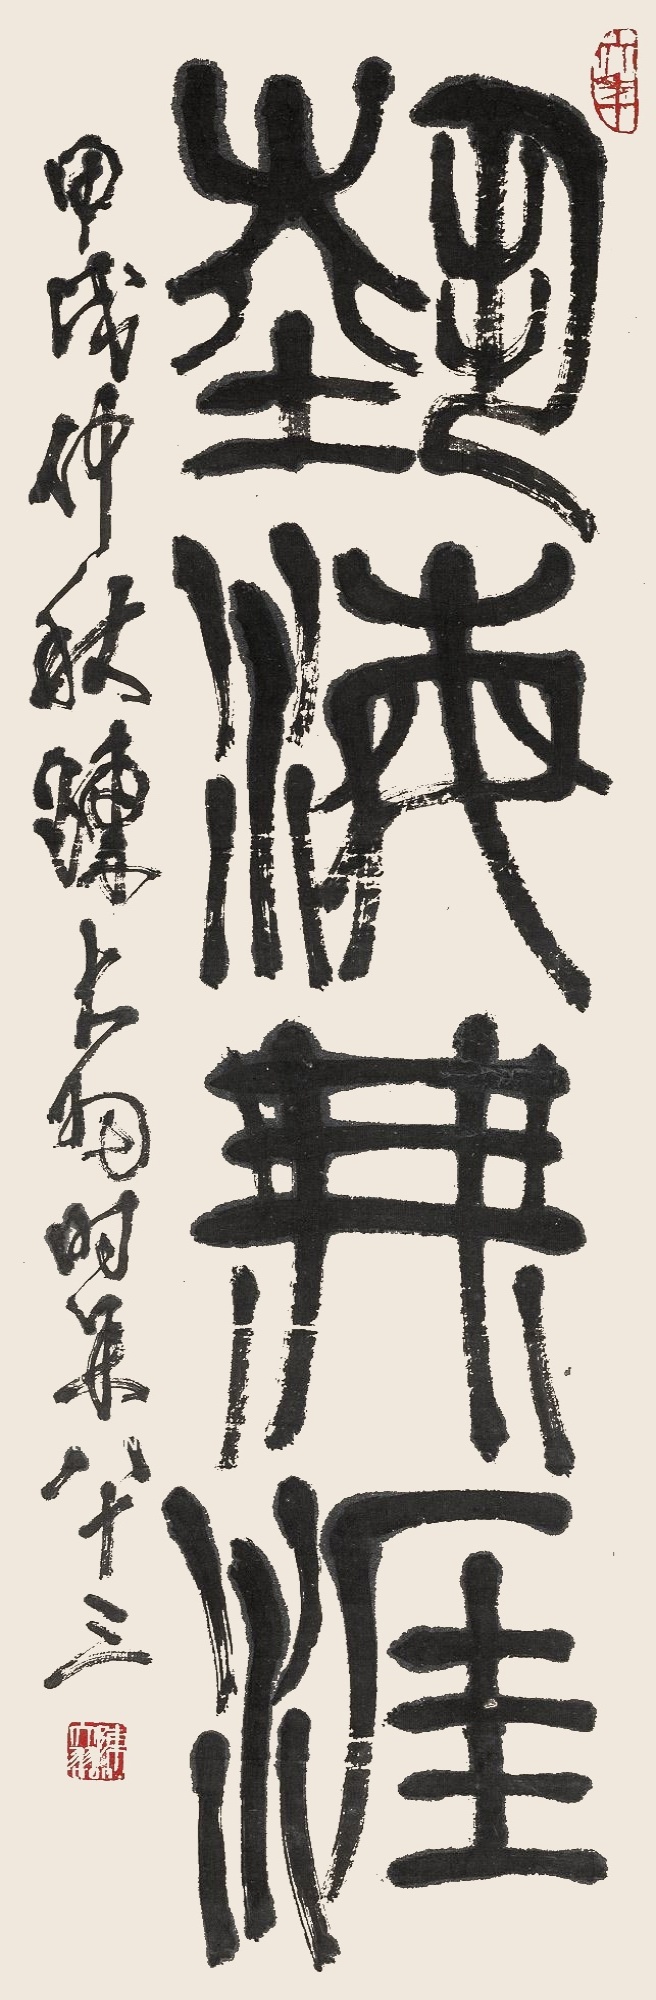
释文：艺海无涯甲戌仲秋，陈大羽时年八十三。